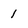
Character: 1